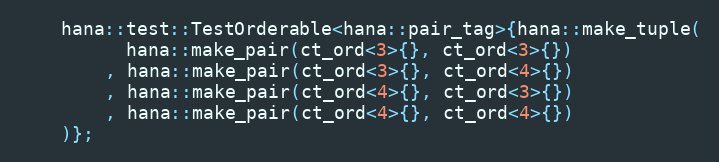
Language: C++
    hana::test::TestOrderable<hana::pair_tag>{hana::make_tuple(
          hana::make_pair(ct_ord<3>{}, ct_ord<3>{})
        , hana::make_pair(ct_ord<3>{}, ct_ord<4>{})
        , hana::make_pair(ct_ord<4>{}, ct_ord<3>{})
        , hana::make_pair(ct_ord<4>{}, ct_ord<4>{})
    )};